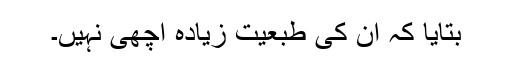
بتایا کہ ان کی طبعیت زیادہ اچھی نہیں۔